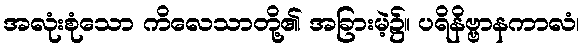
အလုံးစုံသော ကိလေသာတို့၏ အခြားမဲ့၌။ ပရိနိဗ္ဗာနကာလံ၊